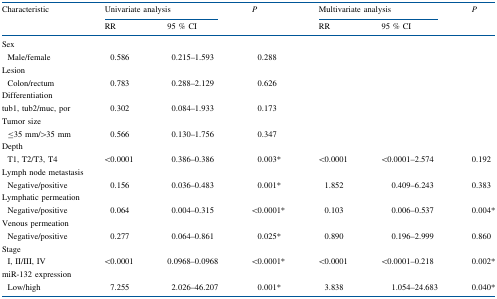
| <ROWSPAN=2> Characteristic | <COLSPAN=2> Univariate analysis | <ROWSPAN=2> P | <COLSPAN=2> Multivariate analysis | <ROWSPAN=2> P |
 | RR | 95 % CI | RR | 95 % CI |
 | --- | --- | --- | --- | --- | --- | --- |
 | <COLSPAN=7> Sex |
 | Male/female | 0.586 | 0.215–1.593 | 0.288 |  |  |  |
 | <COLSPAN=7> Lesion |
 | Colon/rectum | 0.783 | 0.288–2.129 | 0.626 |  |  |  |
 | <COLSPAN=7> Differentiation |
 | tub1, tub2/muc, por | 0.302 | 0.084–1.933 | 0.173 |  |  |  |
 | <COLSPAN=7> Tumor size |
 | ≤35 mm/>35 mm | 0.566 | 0.130–1.756 | 0.347 |  |  |  |
 | <COLSPAN=7> Depth |
 | T1, T2/T3, T4 | <0.0001 | 0.386–0.386 | 0.003* | <0.0001 | <0.0001–2.574 | 0.192 |
 | <COLSPAN=7> Lymph node metastasis |
 | Negative/positive | 0.156 | 0.036–0.483 | 0.001* | 1.852 | 0.409–6.243 | 0.383 |
 | <COLSPAN=7> Lymphatic permeation |
 | Negative/positive | 0.064 | 0.004–0.315 | <0.0001* | 0.103 | 0.006–0.537 | 0.004* |
 | <COLSPAN=7> Venous permeation |
 | Negative/positive | 0.277 | 0.064–0.861 | 0.025* | 0.890 | 0.196–2.999 | 0.860 |
 | <COLSPAN=7> Stage |
 | I, II/III, IV | <0.0001 | 0.0968–0.0968 | <0.0001* | <0.0001 | <0.0001–0.218 | 0.002* |
 | <COLSPAN=7> miR-132 expression |
 | Low/high | 7.255 | 2.026–46.207 | 0.001* | 3.838 | 1.054–24.683 | 0.040* |